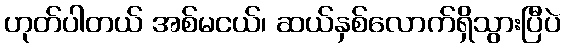
ဟုတ်ပါတယ် အစ်မငယ်၊ ဆယ်နှစ်လောက်ရှိသွားပြီပဲ